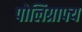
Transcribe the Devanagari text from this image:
पोलिग्राफ्य